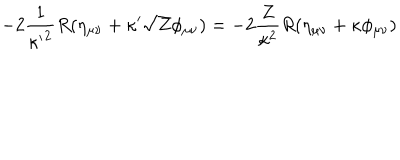
LaTeX: - 2 { \frac { 1 } { { \kappa ^ { \prime } } ^ { 2 } } } R ( \eta _ { \mu \nu } + \kappa ^ { \prime } \sqrt { Z } \phi _ { \mu \nu } ) = - 2 { \frac { Z } { \kappa ^ { 2 } } } R ( \eta _ { \mu \nu } + \kappa \phi _ { \mu \nu } )